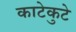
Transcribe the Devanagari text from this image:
काटेकुटे